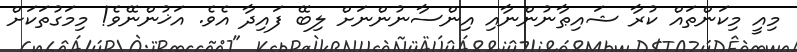
މިއީ މިކަންތައް ކުރާ ޝައިޠާނުންނާއި އިންސާނުންނަށް ލިބޭ ފައިދާ އެވެ. އަޚުންނޭވެ! މިމަގުތަކަށް